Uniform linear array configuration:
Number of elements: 32
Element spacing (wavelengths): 0.75
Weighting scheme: cosine
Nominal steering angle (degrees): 30
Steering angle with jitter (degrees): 31.997
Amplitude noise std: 0.05
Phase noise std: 0.05

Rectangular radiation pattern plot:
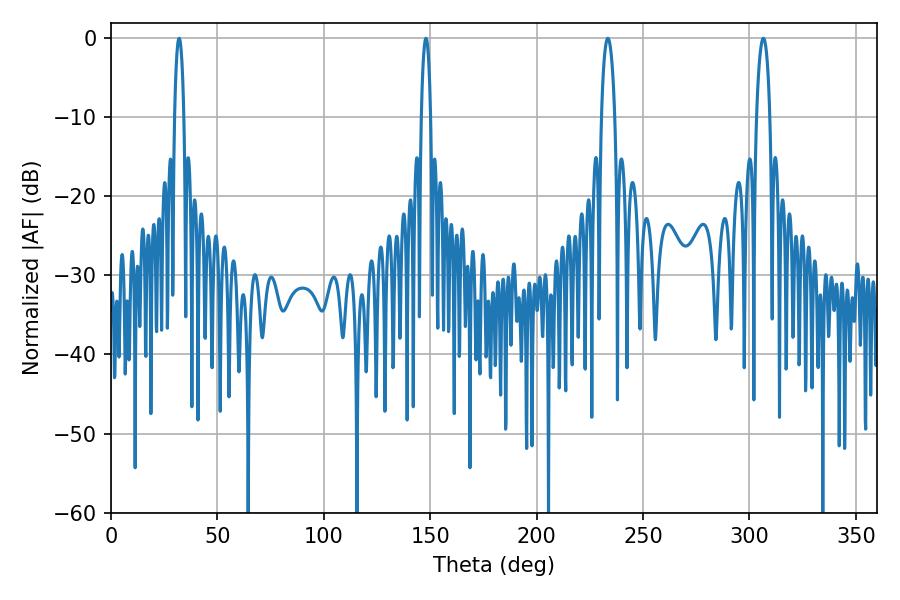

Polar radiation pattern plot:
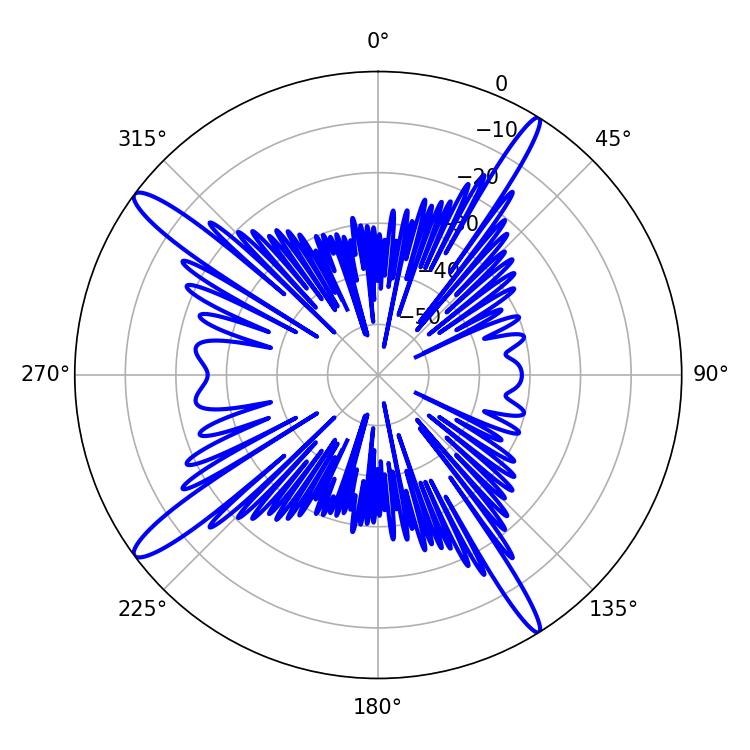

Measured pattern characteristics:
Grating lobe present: TRUE
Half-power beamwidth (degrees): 3.6
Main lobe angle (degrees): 233.46